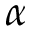
\alpha